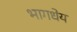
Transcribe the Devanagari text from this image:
भागधेय